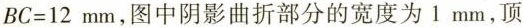
$$BC=12mm$$，图中阴影曲折部分的宽度为1mm，顶